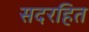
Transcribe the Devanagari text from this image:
सदरहित